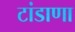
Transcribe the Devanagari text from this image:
टांडाणा